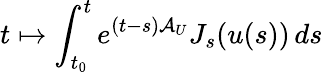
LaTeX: t\mapsto\int_{t_{0}}^{t}e^{(t-s)\mathcal{A}_{U}}J_{s}(u(s))\, ds